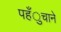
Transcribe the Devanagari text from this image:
पहँुचाने